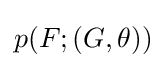
p(F;(G,\theta ))